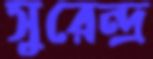
সুরেন্দ্র